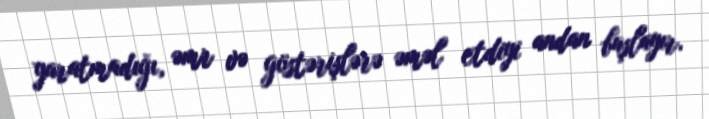
yaratmadığı, əmr və göstərişlərə əməl etdiyi andan başlayır.